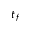
t _ { f }